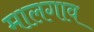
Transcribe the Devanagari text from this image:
मालगाव